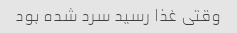
وقتی غذا رسید سرد شده بود